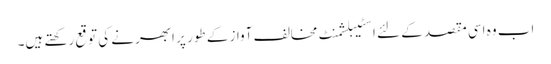
اب وہ اسی مقصد کے لئے اسٹیبلشمنٹ مخالف آواز کے طور پر ابھرنے کی توقع رکھتے ہیں۔